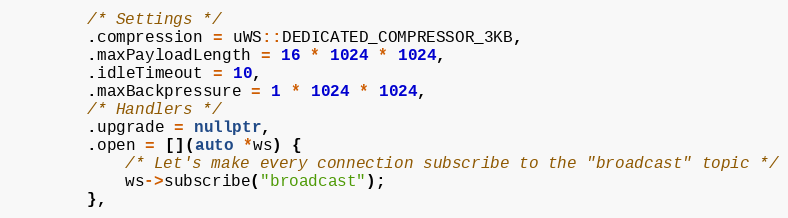
Language: C++
        /* Settings */
        .compression = uWS::DEDICATED_COMPRESSOR_3KB,
        .maxPayloadLength = 16 * 1024 * 1024,
        .idleTimeout = 10,
        .maxBackpressure = 1 * 1024 * 1024,
        /* Handlers */
        .upgrade = nullptr,
        .open = [](auto *ws) {
            /* Let's make every connection subscribe to the "broadcast" topic */
            ws->subscribe("broadcast");
        },